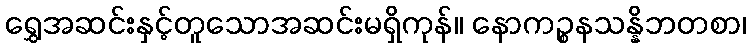
ရွှေအဆင်းနှင့်တူသောအဆင်းမရှိကုန်။ နောကဉ္စနသန္နိဘတစာ၊